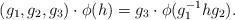
LaTeX: \begin{align*} (g_1,g_2,g_3)\cdot \phi(h)= g_3\cdot \phi( g_1^{-1}h g_2). \end{align*}